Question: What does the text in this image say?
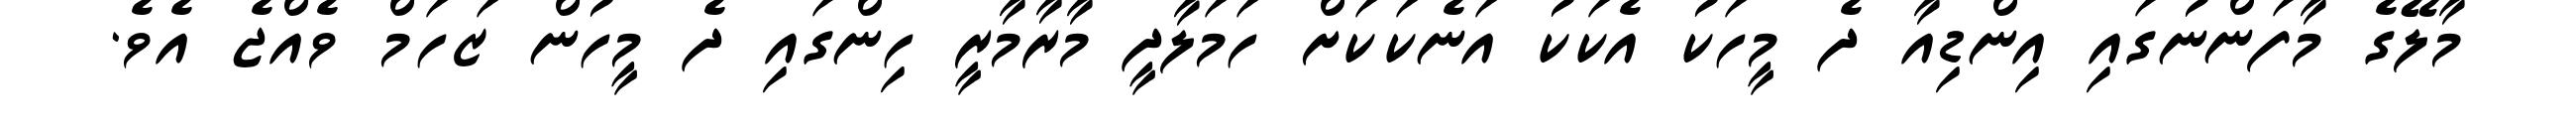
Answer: މާލޭގެ މާފަންނުގައި އިންޑިއާ ދެ މީހަކު އެކަކު އަނެކަކަށް ހަމަލާދީ މާރާމާރީ ހިންގައި ދެ މީހުން ޒަހަމް ވެއްޖެ އެވެ.